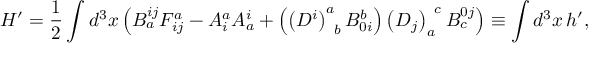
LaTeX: H ^ { \prime } = \frac 1 2 \int d ^ { 3 } x \left( B _ { a } ^ { i j } F _ { i j } ^ { a } - A _ { i } ^ { a } A _ { a } ^ { i } + \left( \left( D ^ { i } \right) _ { \; \; b } ^ { a } B _ { 0 i } ^ { b } \right) \left( D _ { j } \right) _ { a } ^ { \; \; c } B _ { c } ^ { 0 j } \right) \equiv \int d ^ { 3 } x \, h ^ { \prime } ,